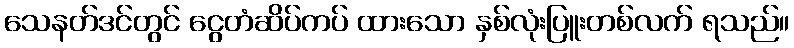
သေနတ်ဒင်တွင် ငွေတံဆိပ်ကပ် ထားသော နှစ်လုံးပြူးတစ်လက် ရသည်။